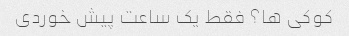
کوکی ها؟ فقط یک ساعت پیش خوردی